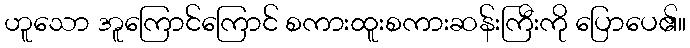
ဟူသော အူကြောင်ကြောင် စကားထူးစကားဆန်းကြီးကို ပြောပေ၏။